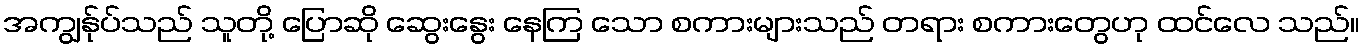
အကျွန်ုပ်သည် သူတို့ ပြောဆို ဆွေးနွေး နေကြ သော စကားများသည် တရား စကားတွေဟု ထင်လေ သည်။